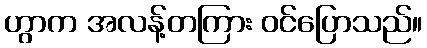
ဟွာက အလန့်တကြား ဝင်ပြောသည်။